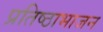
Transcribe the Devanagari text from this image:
प्रतिष्ठाभाजन